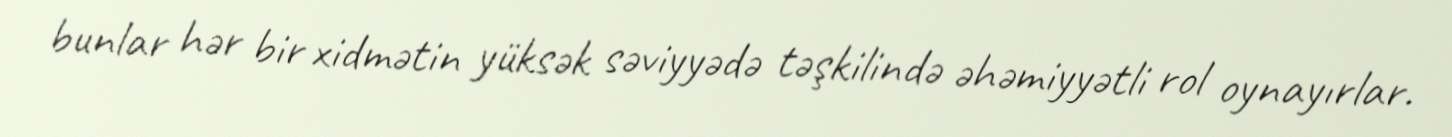
bunlar hər bir xidmətin yüksək səviyyədə təşkilində əhəmiyyətli rol oynayırlar.